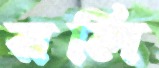
রলি